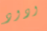
ودود